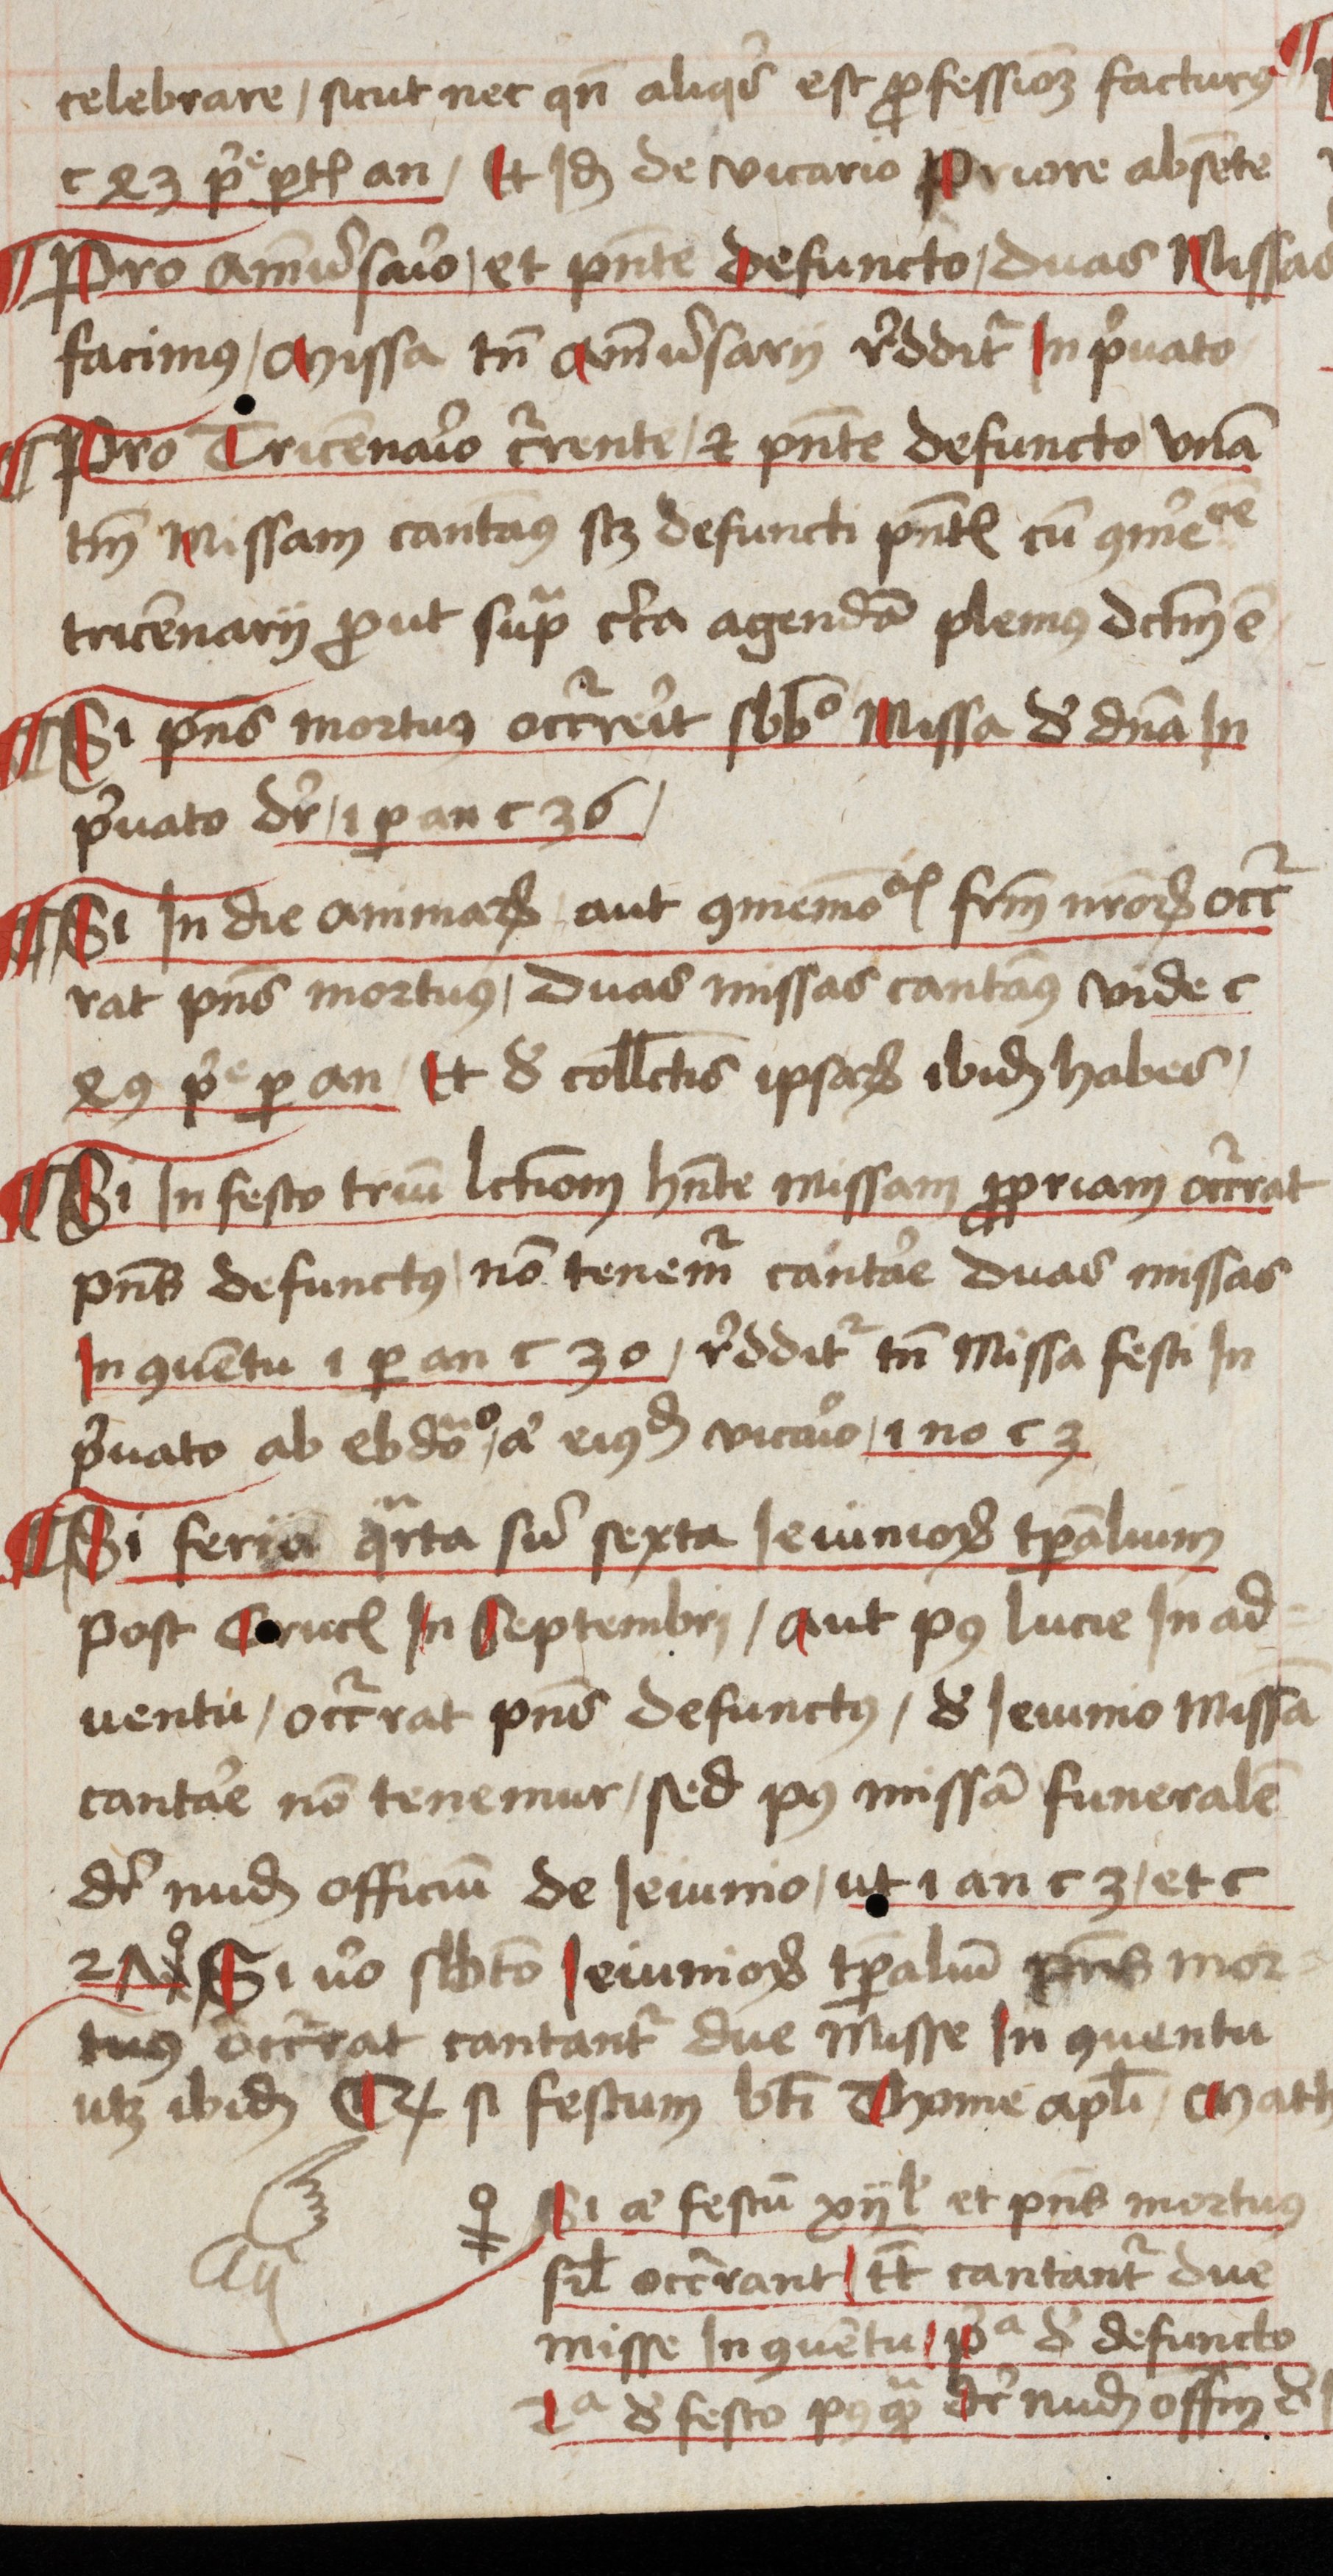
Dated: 1485–1515